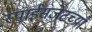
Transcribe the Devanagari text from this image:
स्पाईसजेटच्या